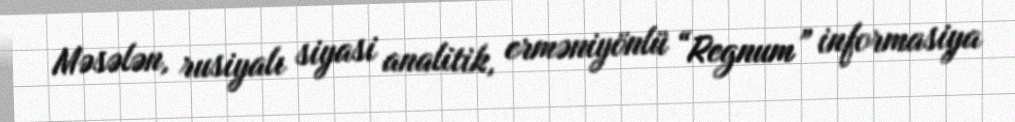
Məsələn, rusiyalı siyasi analitik, erməniyönlü “Regnum” informasiya